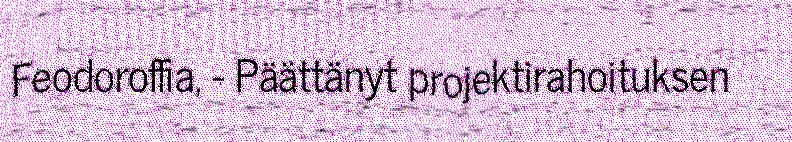
Feodoroffia, - Päättänyt projektirahoituksen